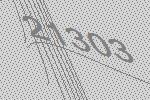
21303